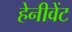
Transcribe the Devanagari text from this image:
हेनीवेंट